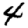
Digit: 4